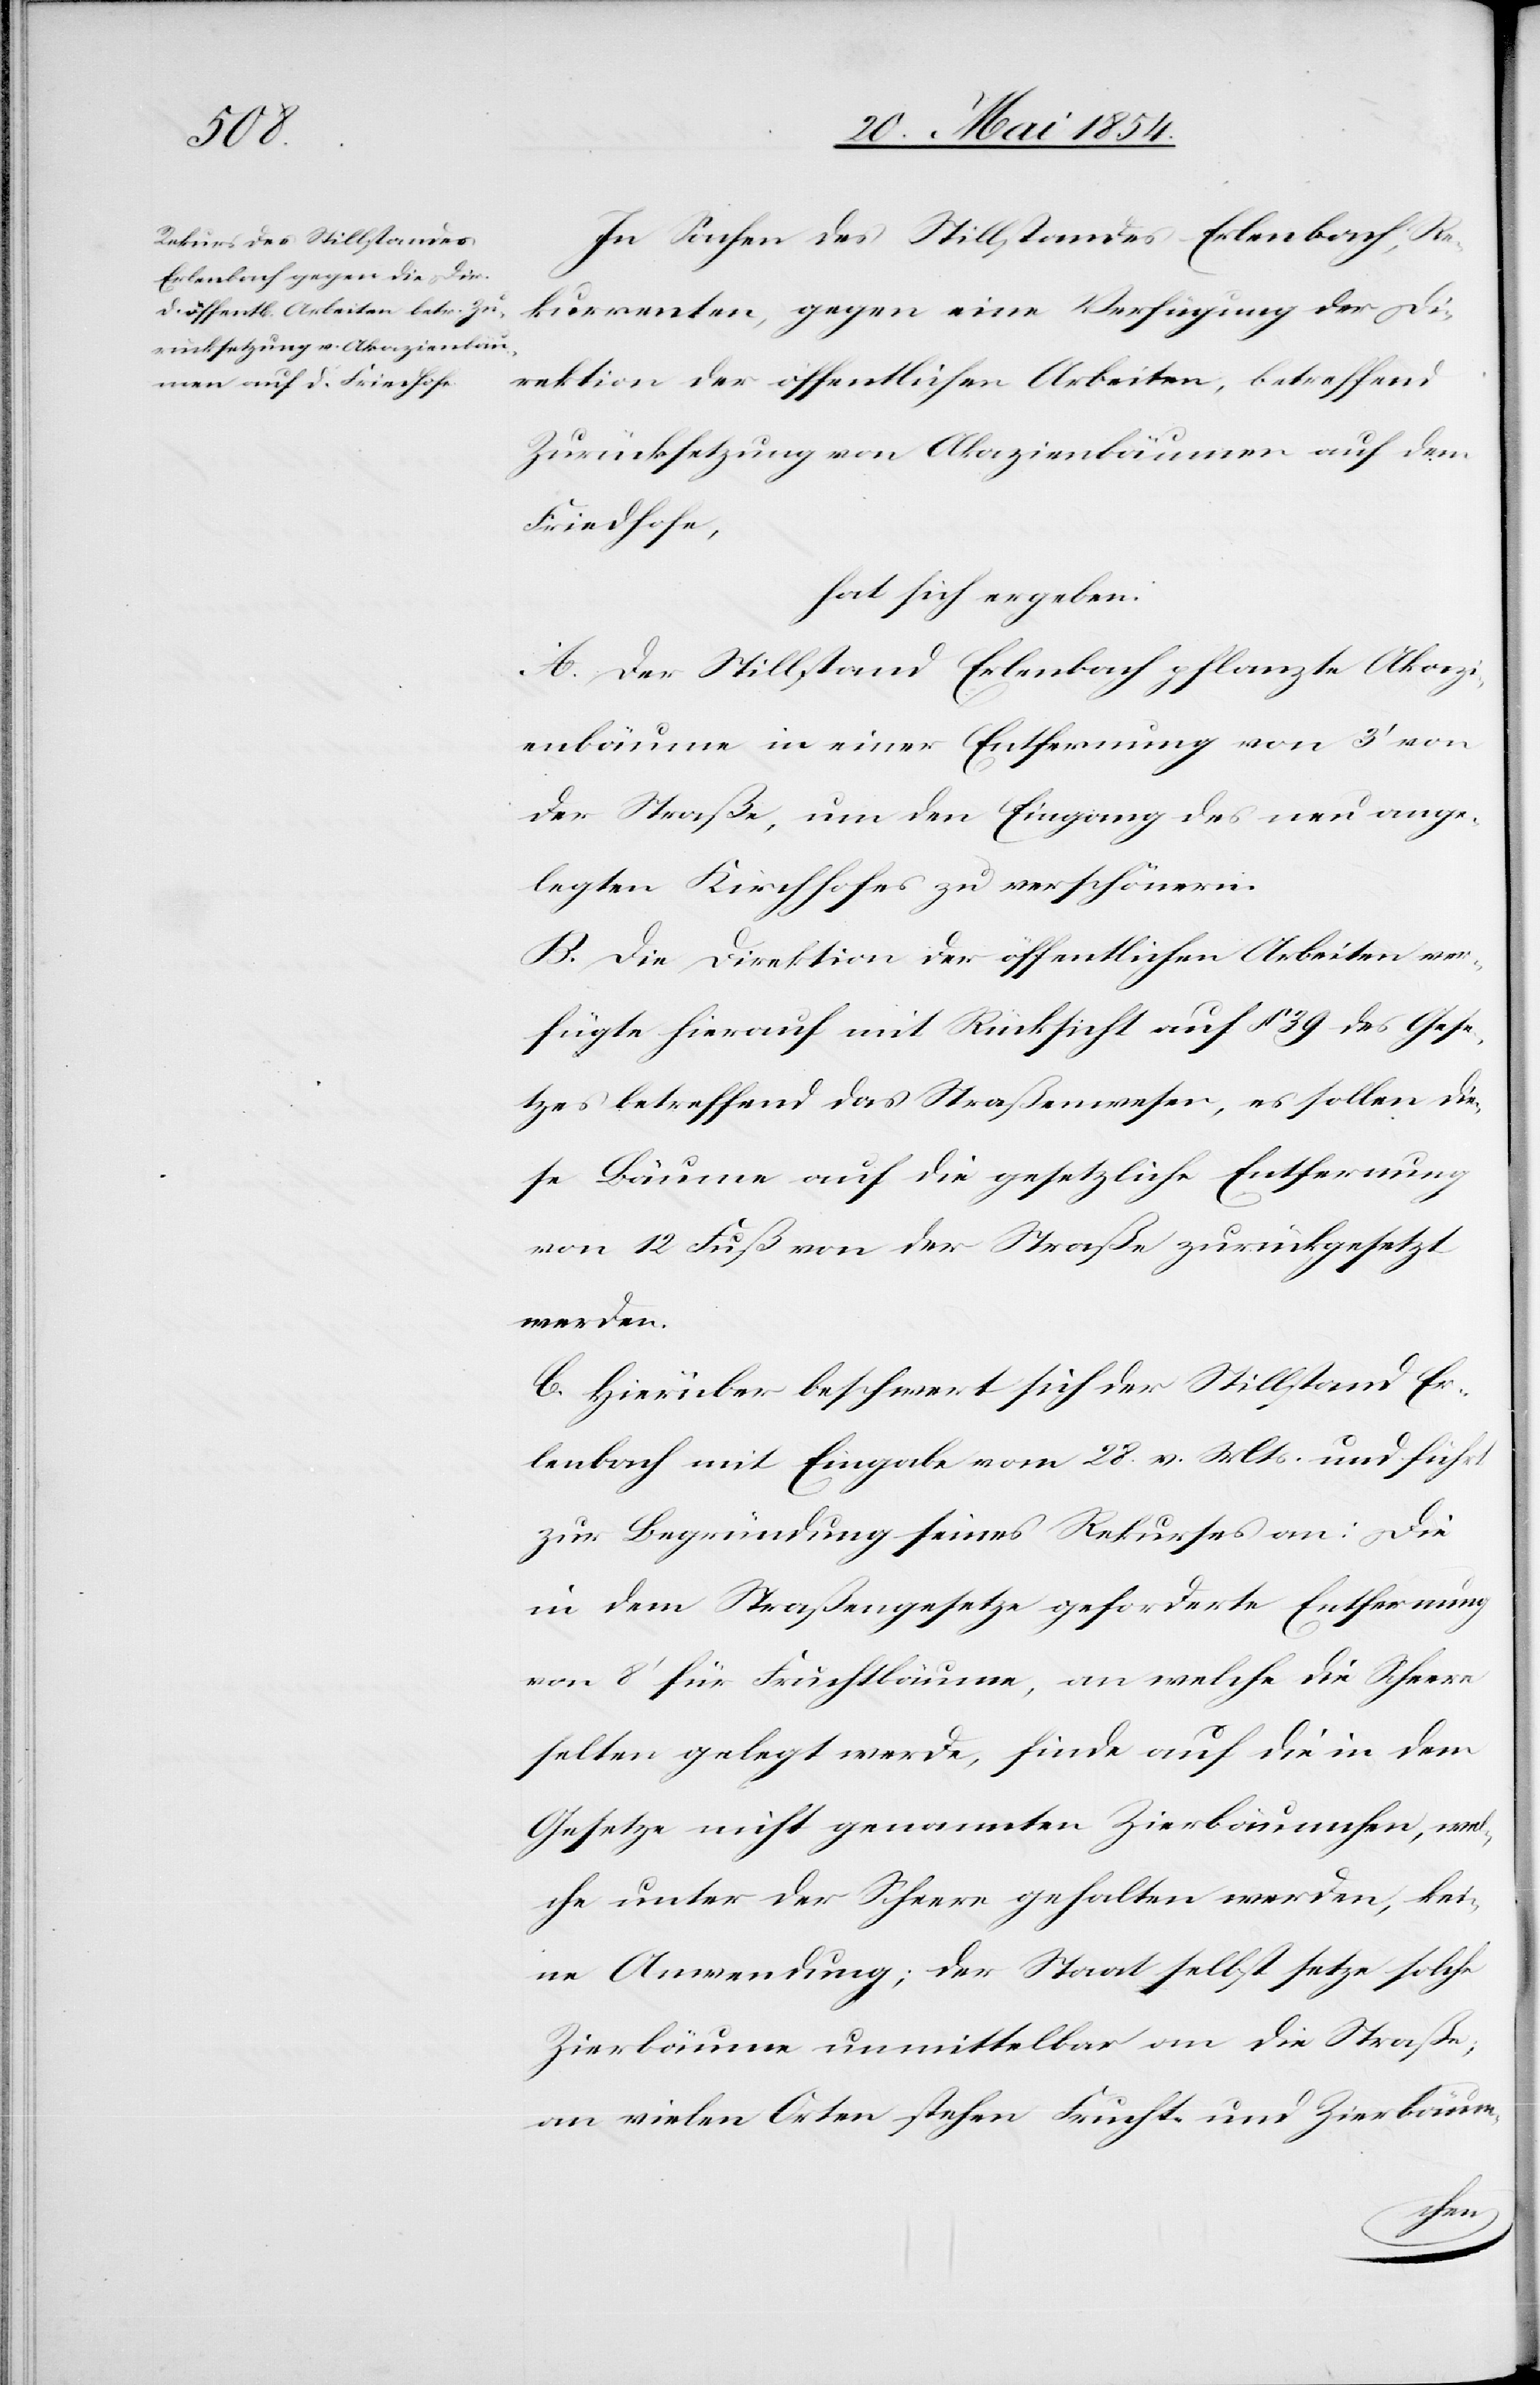
In Sachen des Stillstandes Erlenbach, Re¬
kurrenten, gegen eine Verfügung der Di¬
rektion der öffentlichen Arbeiten, betreffend
Zurücksetzung von Akazienbäumen auf dem
Friedhofe,
hat sich ergeben:
A. Der Stillstand Erlenbach pflanzte Akaz¬
ienbäume in einer Entfernung von 3‘ von
der Straße, um den Eingang des neu ange¬
legten Friedhofes zu verschönern.
B. Die Direktion der öffentlichen Arbeiten ver¬
fügte hierauf mit Rücksicht auf § 39 des Gese¬
tzes betreffend das Straßenwesen, es sollen die¬
se Bäume auf die gesetzliche Entfernung
von 12 Fuß von der Straße zurückgesetzt
werden.
C. Hierüber beschwert sich der Stillstand Er¬
lenbach mit Eingabe vom 28. v. Mts. und führt
zur Begründung seines Rekurses an: Die
in dem Straßengesetze geforderte Entfernung
von 8‘ für Fruchtbäume, an welche die Scheere
selten gelegt werde, finde auf die in dem
Gesetze nicht genannten Zierbäumchen, wel¬
che unter der Scheere gehalten werden, kei¬
ne Anwendung; der Staat selbst setze solche
Zierbäume unmittelbar an die Straße;
an vielen Orten stehen Frucht- und Zierbäum-